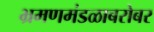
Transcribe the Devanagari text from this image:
भ्रमणमंडळाबरोबर